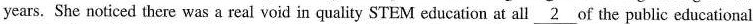
years. She noticed there was a real void in quality STEM education at all \underline{2} of the public educational